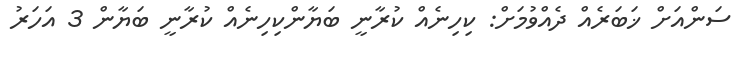
ސަންއަށް ޚަބަރެއް ދެއްވުމަށް: ކިހިނެއް ކުރާނީ ބަޔާންކިހިނެއް ކުރާނީ ބަޔާން 3 އަހަރު